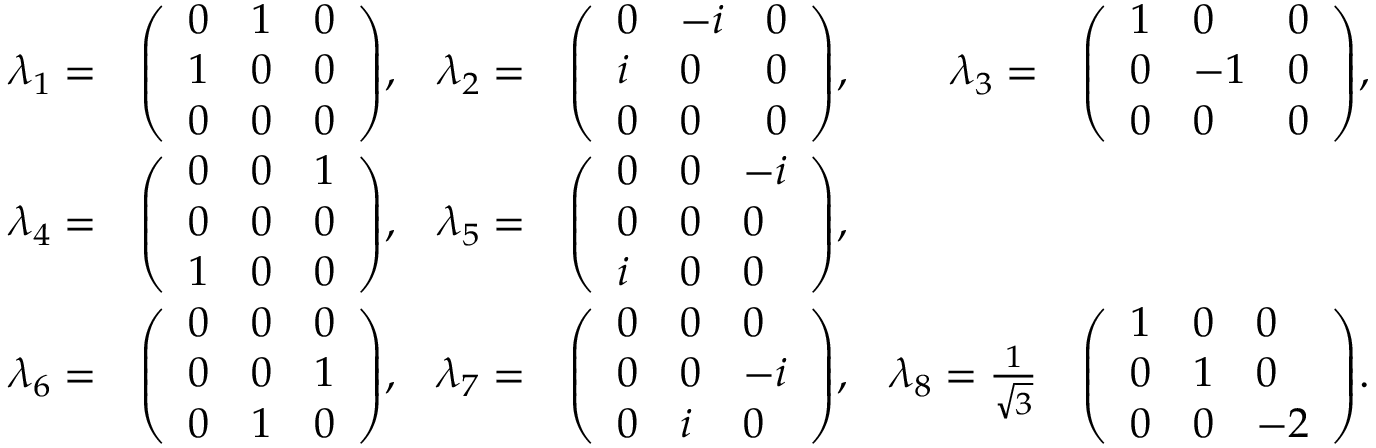
{ \begin{array} { r l r l r l } { \lambda _ { 1 } = } & { { \left( \begin{array} { l l l } { 0 } & { 1 } & { 0 } \\ { 1 } & { 0 } & { 0 } \\ { 0 } & { 0 } & { 0 } \end{array} \right) } , } & { \lambda _ { 2 } = } & { { \left( \begin{array} { l l l } { 0 } & { - i } & { 0 } \\ { i } & { 0 } & { 0 } \\ { 0 } & { 0 } & { 0 } \end{array} \right) } , } & { \lambda _ { 3 } = } & { { \left( \begin{array} { l l l } { 1 } & { 0 } & { 0 } \\ { 0 } & { - 1 } & { 0 } \\ { 0 } & { 0 } & { 0 } \end{array} \right) } , } \\ { \lambda _ { 4 } = } & { { \left( \begin{array} { l l l } { 0 } & { 0 } & { 1 } \\ { 0 } & { 0 } & { 0 } \\ { 1 } & { 0 } & { 0 } \end{array} \right) } , } & { \lambda _ { 5 } = } & { { \left( \begin{array} { l l l } { 0 } & { 0 } & { - i } \\ { 0 } & { 0 } & { 0 } \\ { i } & { 0 } & { 0 } \end{array} \right) } , } \\ { \lambda _ { 6 } = } & { { \left( \begin{array} { l l l } { 0 } & { 0 } & { 0 } \\ { 0 } & { 0 } & { 1 } \\ { 0 } & { 1 } & { 0 } \end{array} \right) } , } & { \lambda _ { 7 } = } & { { \left( \begin{array} { l l l } { 0 } & { 0 } & { 0 } \\ { 0 } & { 0 } & { - i } \\ { 0 } & { i } & { 0 } \end{array} \right) } , } & { \lambda _ { 8 } = { \frac { 1 } { \sqrt { 3 } } } } & { { \left( \begin{array} { l l l } { 1 } & { 0 } & { 0 } \\ { 0 } & { 1 } & { 0 } \\ { 0 } & { 0 } & { - 2 } \end{array} \right) } . } \end{array} }